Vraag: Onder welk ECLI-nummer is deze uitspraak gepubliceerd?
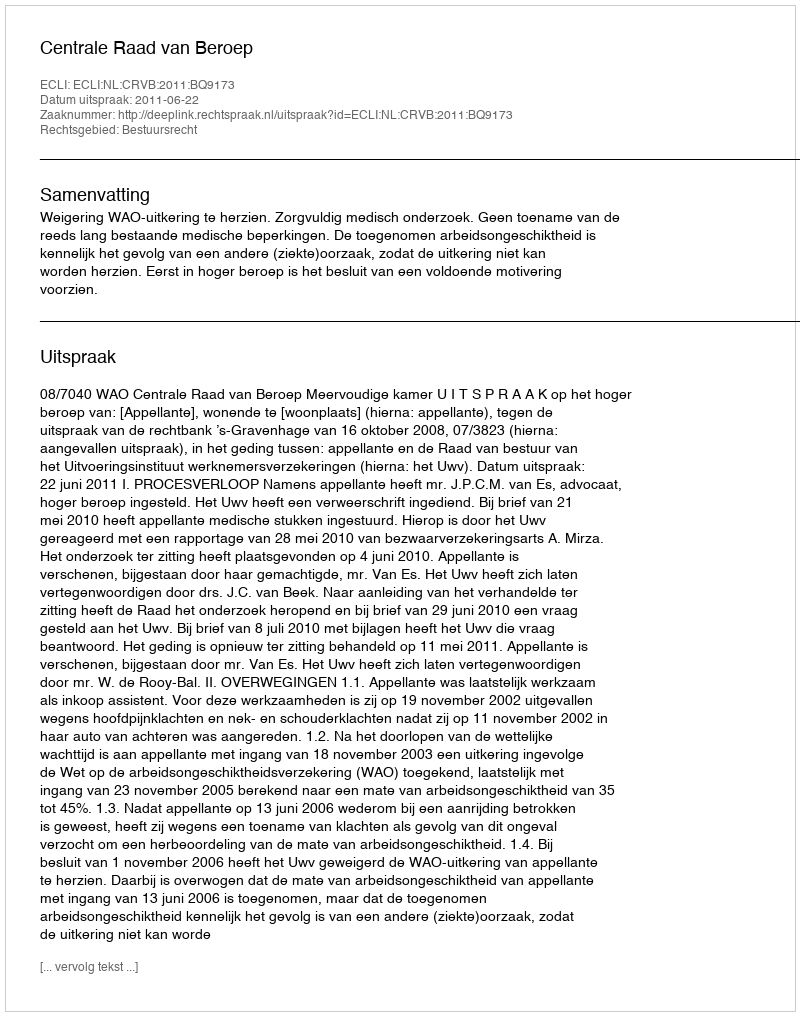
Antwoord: ECLI:NL:CRVB:2011:BQ9173